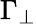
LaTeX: \Gamma_{\perp}